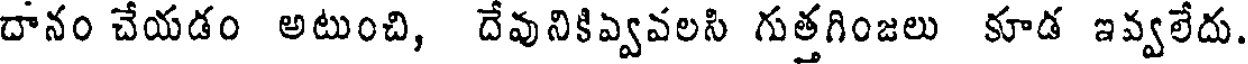
దానం చేయడం అటుంచి, దేవునికివ్వవలసి గుత్తగింజలు కూడ ఇవ్వలేదు.